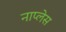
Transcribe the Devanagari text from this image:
नाप्लेस